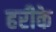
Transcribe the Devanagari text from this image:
हरीके